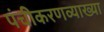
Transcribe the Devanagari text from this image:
पंचीकरणव्याख्या